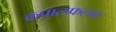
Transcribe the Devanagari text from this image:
कपालफलक